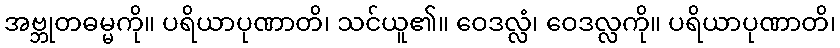
အဗ္ဘုတဓမ္မကို။ ပရိယာပုဏာတိ၊ သင်ယူ၏။ ဝေဒလ္လံ၊ ဝေဒလ္လကို။ ပရိယာပုဏာတိ၊